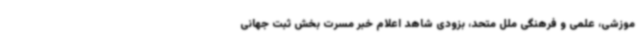
موزشی، علمی و فرهنگی ملل متحد، بزودی شاهد اعلام خبر مسرت بخش ثبت جهانی